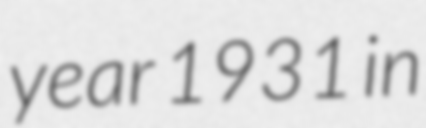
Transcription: year 1931 in